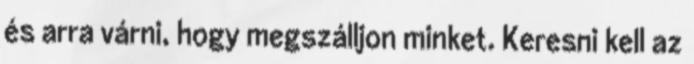
és arra várni, hogy megszálljon minket. Keresni kell az